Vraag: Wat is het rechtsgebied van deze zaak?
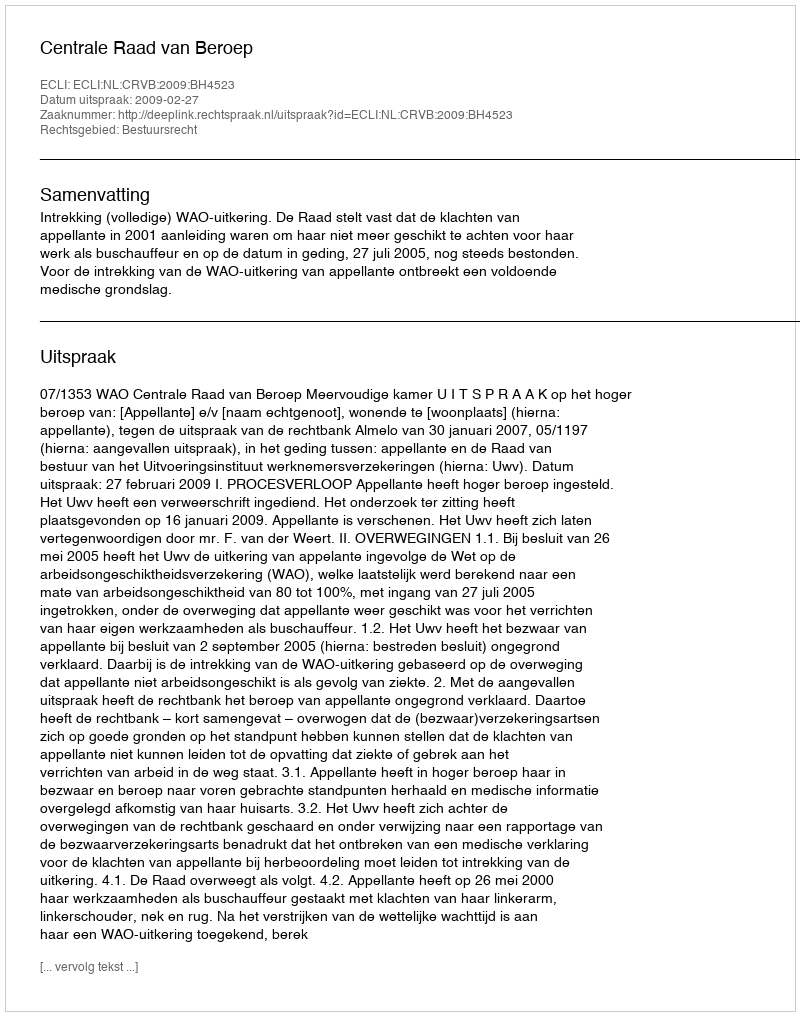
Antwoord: Bestuursrecht